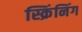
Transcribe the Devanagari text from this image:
स्क्रिंनिंग